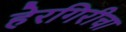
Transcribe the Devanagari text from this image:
हेरगिरीचा